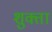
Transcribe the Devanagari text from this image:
शुक्ता